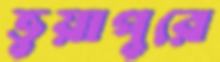
ভুয়াপুরে